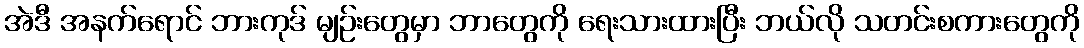
အဲဒီ အနက်ရောင် ဘားကုဒ် မျဉ်းတွေမှာ ဘာတွေကို ရေးသားထားပြီး ဘယ်လို သတင်းစကားတွေကို